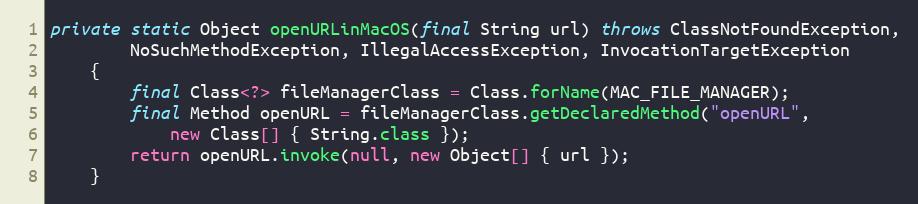
Language: Java
private static Object openURLinMacOS(final String url) throws ClassNotFoundException,
		NoSuchMethodException, IllegalAccessException, InvocationTargetException
	{
		final Class<?> fileManagerClass = Class.forName(MAC_FILE_MANAGER);
		final Method openURL = fileManagerClass.getDeclaredMethod("openURL",
			new Class[] { String.class });
		return openURL.invoke(null, new Object[] { url });
	}